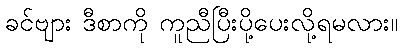
ခင်ဗျား ဒီစာကို ကူညီပြီးပို့ပေးလို့ရမလား။